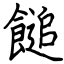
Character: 䭔